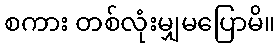
စကား တစ်လုံးမျှမပြောမိ။